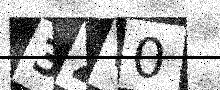
Text: 3ZW0